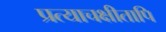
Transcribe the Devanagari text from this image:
प्रत्याचक्षीतापि